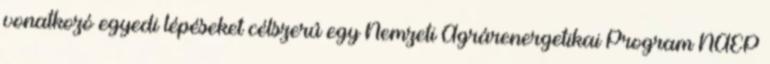
vonatkozó egyedi lépéseket célszerû egy Nemzeti Agrárenergetikai Program NAEP